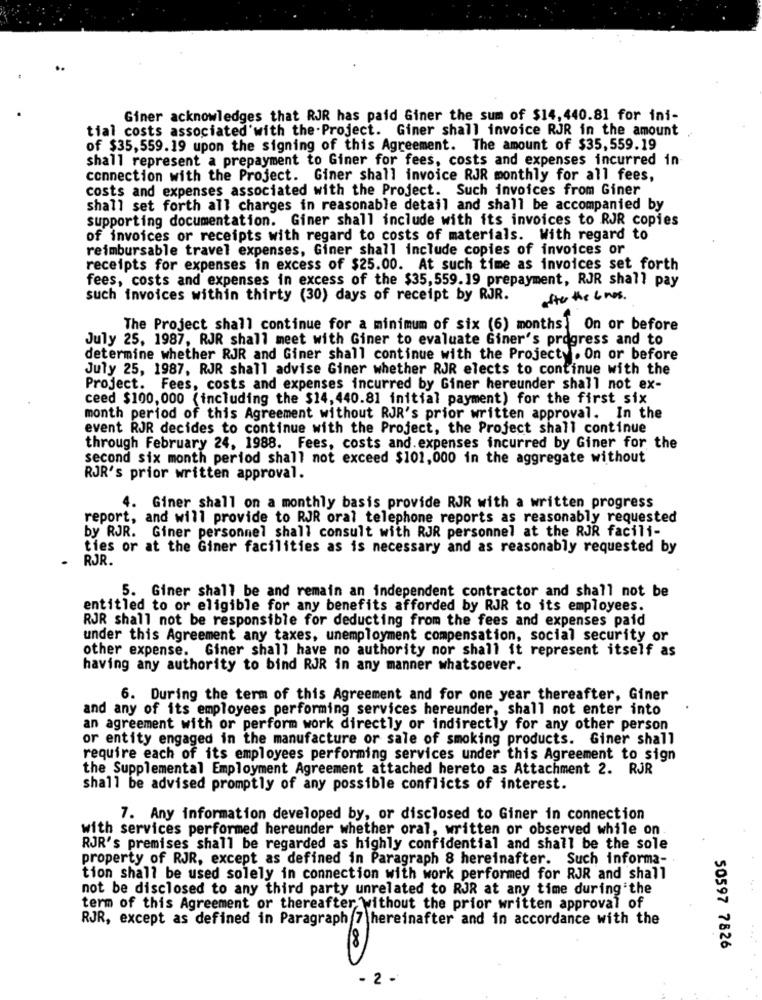
Giner acknowledges that RJR has paid Giner the sum of $14,440.81 for ini-
tial costs associated with the Project. Giner shall invoice RJR in the amount
of $35,559.19 upon the signing of this Agreement. The amount of $35,559.19
shall represent a prepayment to Giner for fees, costs and expenses incurred in
connection with the Project. Giner shall invoice RJR monthly for all fees,
costs and expenses associated with the Project. Such invoices from Giner
shall set forth all charges in reasonable detail and shall be accompanied by
supporting documentation. Giner shall include with its invoices to RJR copies
of invoices or receipts with regard to costs of materials. With regard to
reimbursable travel expenses, Giner shall include copies of invoices or
receipts for expenses in excess of $25.00. At such time as invoices set forth
fees, costs and expenses in excess of the $35,559.19 prepayment, RJR shall pay
such invoices within thirty (30) days of receipt by RJR.
after the 6 nos.
The Project shall continue for a minimum of six (6) months. On or before
July 25, 1987, RJR shall meet with Giner to evaluate Giner's progress and to
determine whether RJR and Giner shall continue with the Projecty. On or before
July 25, 1987, RJR shall advise Giner whether RJR elects to continue with the
Project. Fees, costs and expenses incurred by Giner hereunder shall not ex-
ceed $100,000 (including the $14, 440.81 initial payment) for the first six
month period of this Agreement without RJR's prior written approval. In the
event RJR decides to continue with the Project, the Project shall continue
through February 24, 1988. Fees, costs and. expenses incurred by Giner for the
second six month period shall not exceed $101,000 in the aggregate without
RJR's prior written approval.
4. Giner shall on a monthly basis provide RJR with a written progress
report, and will provide to RJR oral telephone reports as reasonably requested
by RJR. Giner personnel shall consult with RJR personnel at the RJR facili-
ties or at the Giner facilities as is necessary and as reasonably requested by
RJR.
5. Giner shall be and remain an independent contractor and shall not be
entitled to or eligible for any benefits afforded by RJR to its employees.
RJR shall not be responsible for deducting from the fees and expenses paid
under this Agreement any taxes, unemployment compensation, social security or
other expense. Giner shall have no authority nor shall it represent itself as
having any authority to bind RJR in any manner whatsoever.
6. During the term of this Agreement and for one year thereafter, Giner
and any of its employees performing services hereunder, shall not enter into
an agreement with or perform work directly or indirectly for any other person
or entity engaged in the manufacture or sale of smoking products. Giner shall
require each of its employees performing services under this Agreement to sign
the Supplemental Employment Agreement attached hereto as Attachment 2. RJR
shall be advised promptly of any possible conflicts of interest.
7. Any information developed by, or disclosed to Giner in connection
with services performed hereunder whether oral, written or observed while on
RJR's premises shall be regarded as highly confidential and shall be the sole
property of RJR, except as defined in Paragraph 8 hereinafter. Such informa-
tion shall be used solely in connection with work performed for RJR and shall
not be disclosed to any third party unrelated to RJR at any time during the
term of this Agreement or thereafter without the prior written approval of
RJR, except as defined in Paragraph 7 hereinafter and in accordance with the
50597 7826
- 2 -